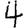
Digit: 4